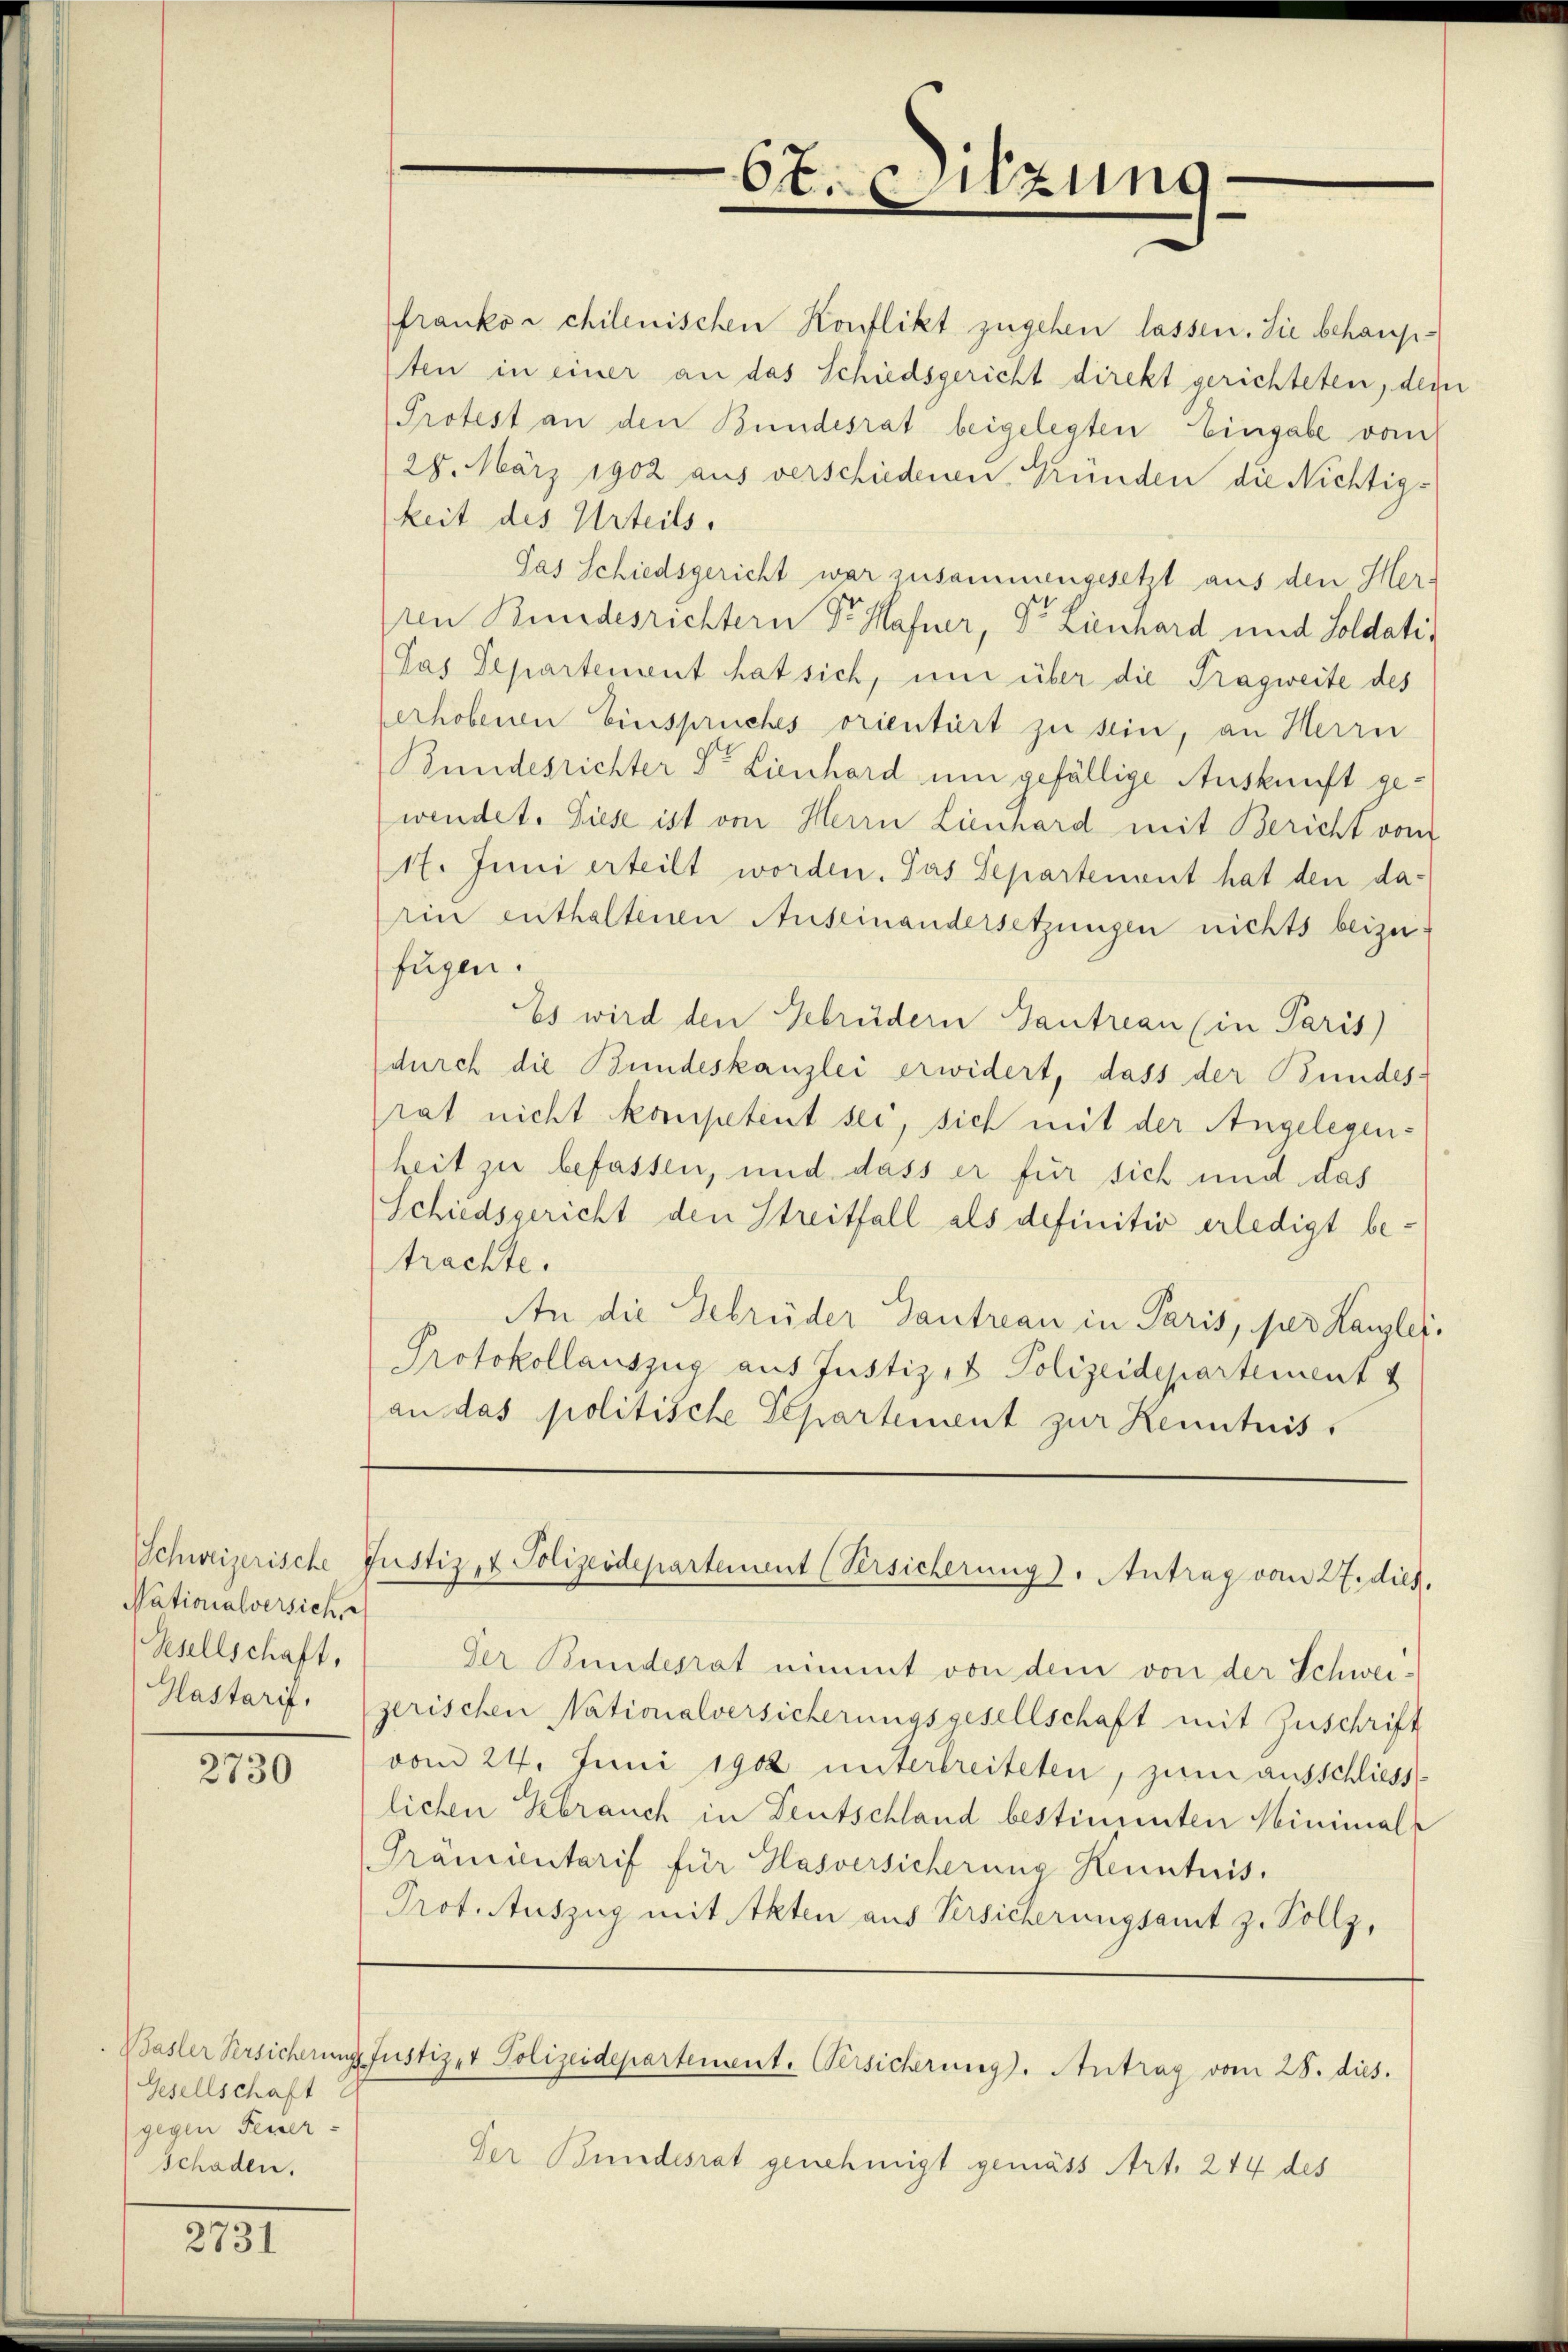
Nationalversich,
Gesellschaft,
Hastarif,

2730

Gesellschaft
gegen Feuer¬
Schaden.

2731

6t. Sitzung

franko chilenischen Konflikt zugehen lassen. Sie behaupsten in einer an das Schiedsgericht direkt gerichteten, demn
Protest an den Bundesrat beigelegten Eingabe vom
28. März 1902 aus verschiedenen Gründen die Nichtigkeit des Urteils.
das Schiedsgericht war zusammengesetzt aus den Herren Bundesrichtern Sr. Hafner, Dr. Lienchard und Soldatir
Pas Departement hat sich, und über die Tragweite des
erhobenen Einspruches orientiert zu sein, an Herrn
Bundesrichter Dr. Lienhard um gefällige Auskunft gewendet. Diese ist von Herrn Lienhard mit Bericht vom
17. Juni erteilt worden. Das Departement hat den darin enthaltenen Auseinandersetzungen nichts beizufügen.
Es wird den Gebrüdern Gantrean (in Paris
durch die Bundeskanzlei erwidert, dass der Bundes-
rat nicht kompetent sei, sich mit der Angelegen-
heit zu befassen, und dass er für sich und das
Schiedsgericht den Streitfall als definitiv erledigt betrachte.
An die Gebrüder Gantreau in Paris, per Kanzlei.
Protokollauszug aus Justiz & Polizeidepartement
an das politische Separtement zur Kenntnis.
Schweizerische Justiz- & Polizeidepartement (Versicherung). Antrag vom 27. dies.
Der Bundesrat nimmt von dem von der Schwei-
zerischen Nationalversicherungsgesellschaft mit Zuschrift
vom 24. Juni 1902 unterbreiteten, zum ausschliess-
lichen Gebrauch in Deutschland bestimmten Minimal
Prämientarif für Hasversicherung Kenntnis.
Prot. Auszug mit Akten aus Versicherungsamt z. Vollz,
Basler Versicherungs Justiz- & Polizeidepartement. Versicherung). Antrag vom 28. dies.
Der Bundesrat genehmigt gemäss Art. 244 des